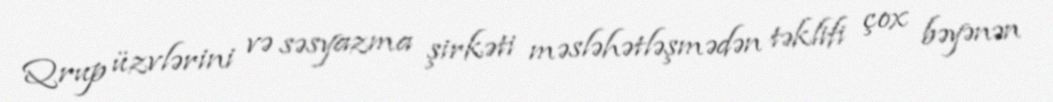
Qrup üzvlərini və səsyazma şirkəti məsləhətləşmədən təklifi çox bəyənən